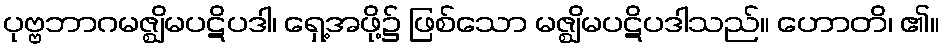
ပုဗ္ဗဘာဂမဇ္ဈိမပဋိပဒါ၊ ရှေ့အဖို့၌ ဖြစ်သော မဇ္ဈိမပဋိပဒါသည်။ ဟောတိ၊ ၏။